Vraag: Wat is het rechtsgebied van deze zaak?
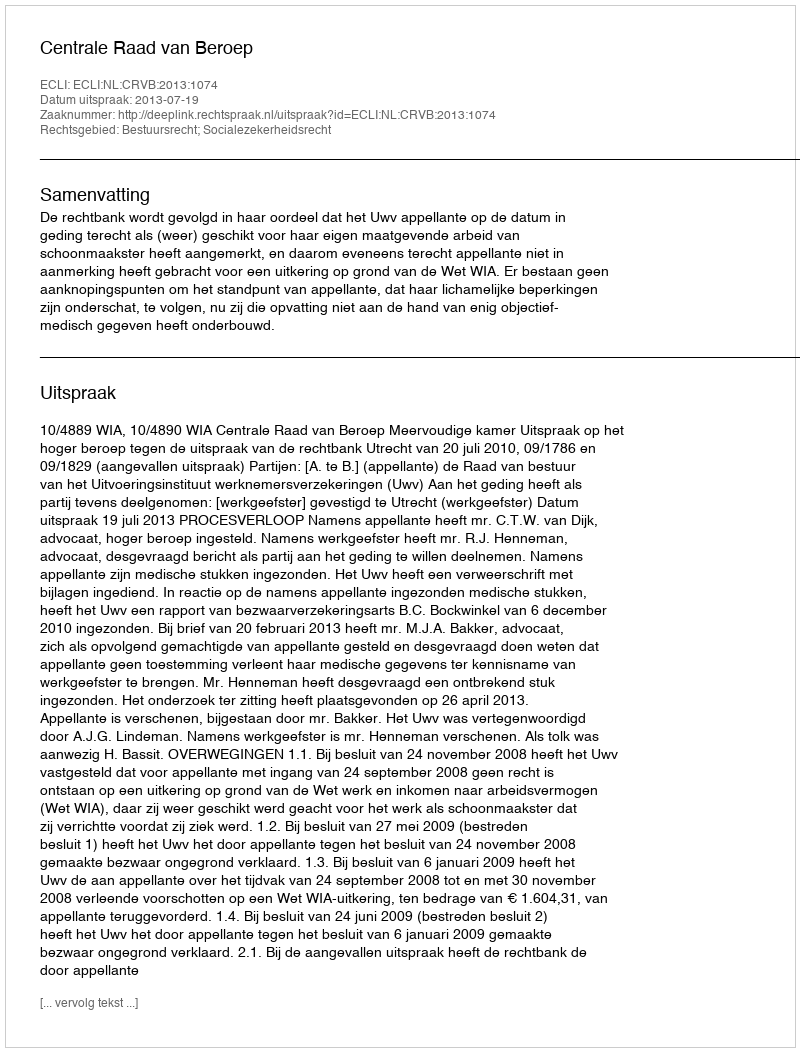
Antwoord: Bestuursrecht; Socialezekerheidsrecht